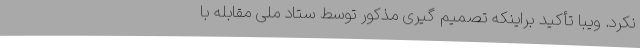
نکرد. ویبا تأکید براینکه تصمیم گیری مذکور توسط ستاد ملی مقابله با